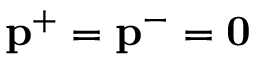
\ensuremath { \mathbf { p } } ^ { + } = \ensuremath { \mathbf { p } } ^ { - } = \ensuremath { \mathbf { 0 } }